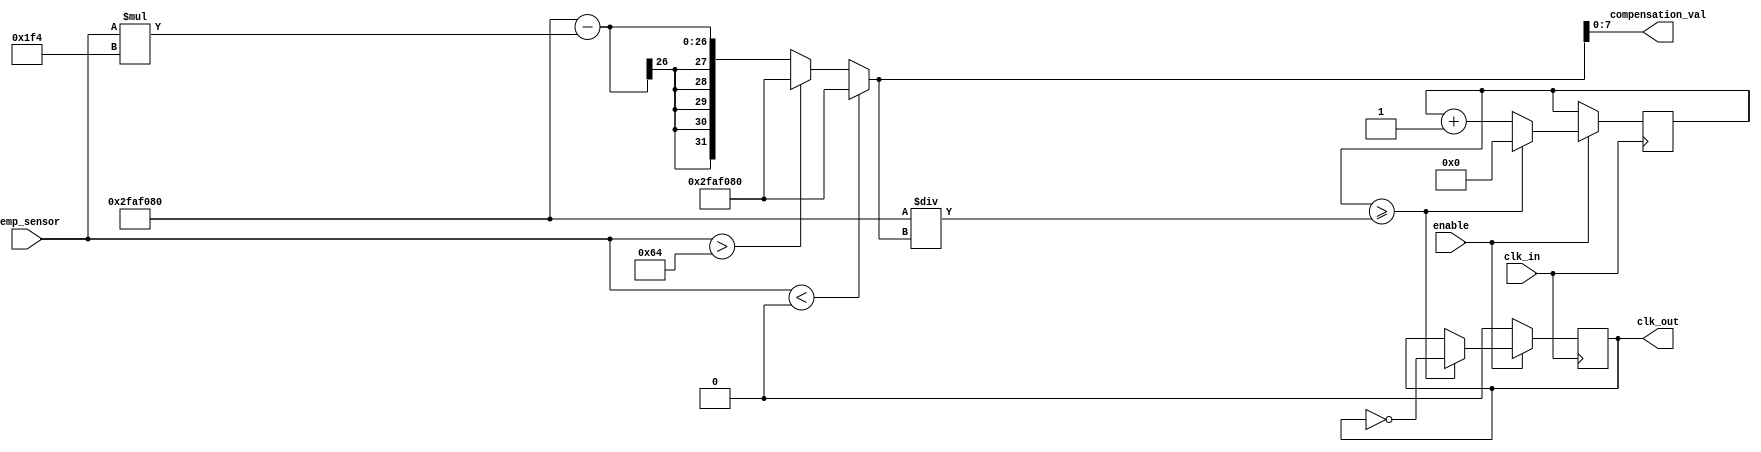
module TempCompClockBuffer (
    input wire clk_in,               // Input clock from high-frequency oscillator
    input wire [7:0] temp_sensor,    // 8-bit digital temperature sensor output
    input wire enable,                // Enable signal for the clock buffer
    output reg clk_out,               // Output clock after compensation
    output reg [7:0] compensation_val // Compensation value for debugging
);

// Parameters for temperature compensation
parameter TEMP_MIN = 8'd0;         // Minimum temperature value
parameter TEMP_MAX = 8'd100;       // Maximum temperature value
parameter CLK_FREQ_BASE = 50_000_000; // Base clock frequency in Hz

// Compensation logic
reg [31:0] adjusted_clk_freq;       // Adjusted clock frequency based on temperature
reg [31:0] clk_divider;              // Clock divider based on adjusted frequency

// Temperature compensation lookup table (for simplicity, linear mapping)
always @(*) begin
    if (temp_sensor < TEMP_MIN) begin
        adjusted_clk_freq = CLK_FREQ_BASE; // No adjustment below minimum
    end else if (temp_sensor > TEMP_MAX) begin
        adjusted_clk_freq = CLK_FREQ_BASE; // No adjustment above maximum
    end else begin
        // Linear compensation: Adjust frequency based on temperature
        adjusted_clk_freq = CLK_FREQ_BASE - (temp_sensor * 500); // Example adjustment
    end
    clk_divider = 50_000_000 / adjusted_clk_freq; // Calculate clock divider
    compensation_val = adjusted_clk_freq[7:0]; // For debugging purposes
end

// Clock buffering and output generation
reg [31:0] clk_counter;              // Counter for clock generation

always @(posedge clk_in) begin
    if (enable) begin
        clk_counter <= clk_counter + 1;
        if (clk_counter >= clk_divider) begin
            clk_counter <= 0;
            clk_out <= ~clk_out; // Toggle output clock
        end
    end else begin
        clk_out <= 0; // Disable output clock when not enabled
    end
end

endmodule